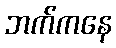
ဘက်ကနေ